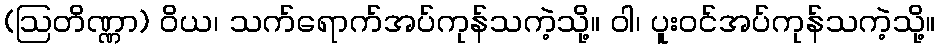
(ဩတိဏ္ဏာ) ဝိယ၊ သက်ရောက်အပ်ကုန်သကဲ့သို့။ ဝါ၊ ပူးဝင်အပ်ကုန်သကဲ့သို့။